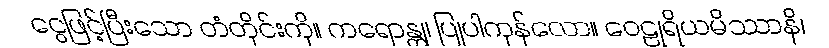
ငွေဖြင့်ပြီးသော တံတိုင်းကို။ ကရောန္တု၊ ပြုပါကုန်လော။ ဝေဠုရိယမိဿာနိ၊